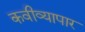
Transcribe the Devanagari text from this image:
कवीव्यापार